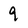
Character: 9